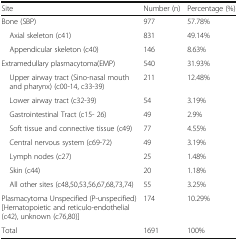
| Site | Number (n) | Percentage (%) |
 | --- | --- | --- |
 | Bone (SBP) | 977 | 57.78% |
 | Axial skeleton (c41) | 831 | 49.14% |
 | Appendicular skeleton (c40) | 146 | 8.63% |
 | Extramedullary plasmacytoma(EMP) | 540 | 31.93% |
 | Upper airway tract (Sino-nasal mouth and pharynx) (c00-14, c33-39) | 211 | 12.48% |
 | Lower airway tract (c32-39) | 54 | 3.19% |
 | Gastrointestinal Tract (c15- 26) | 49 | 2.9% |
 | Soft tissue and connective tissue (c49) | 77 | 4.55% |
 | Central nervous system (c69-72) | 49 | 3.19% |
 | Lymph nodes (c27) | 25 | 1.48% |
 | Skin (c44) | 20 | 1.18% |
 | All other sites (c48,50,53,56,67,68,73,74) | 55 | 3.25% |
 | Plasmacytoma Unspecified (P-unspecified) [Hematopoietic and reticulo-endothelial (c42), unknown (c76,80)] | 174 | 10.29% |
 | Total | 1691 | 100% |